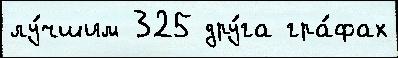
лу́чшим 325 дру́га гра́фах